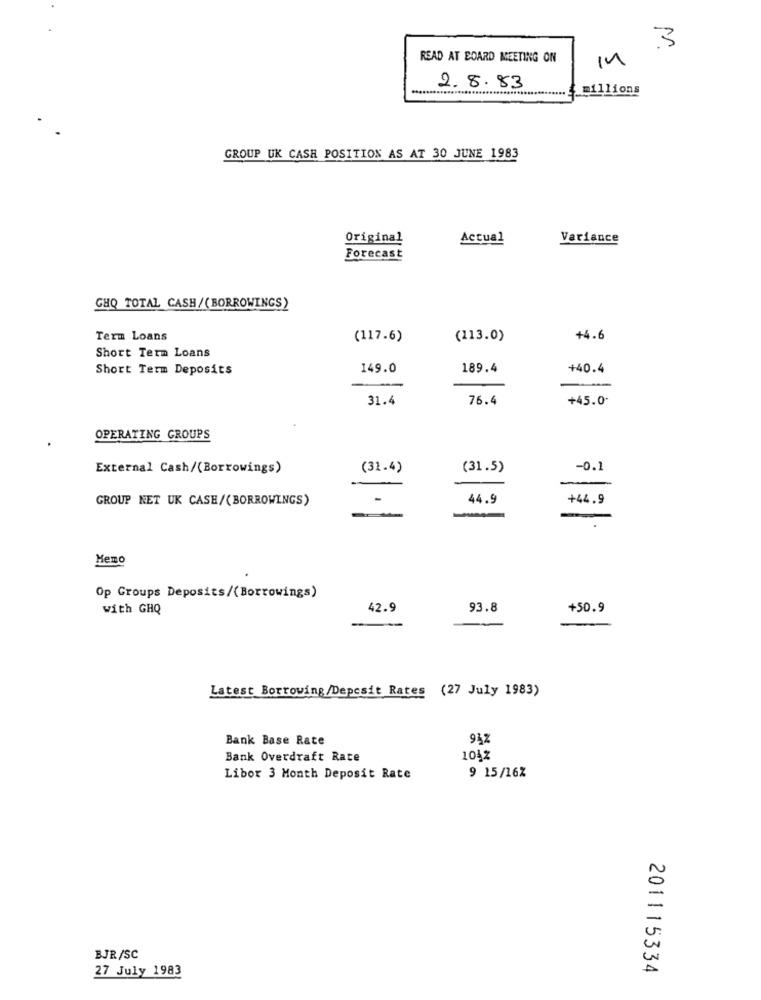
3
READ AT BOARD MEETING ON
in
2.8.83
millions
GROUP UK CASH POSITION AS AT 30 JUNE 1983
Original
Actual
Variance
Forecast
GHO TOTAL CASH/ ( BORROWINGS)
Term Loans
(117.6)
(113.0)
+4.6
Short Term Loans
Short Term Deposits
149.0
189.4
+40.4
-
31.4
76.4
+45.0-
OPERATING GROUPS
External Cash/(Borrowings)
(31.4)
(31.5)
-0.1
GROUP NET UK CASH/(BORROWINGS)
-
44.9
+44.9
-
Memo
Op Groups Deposits/(Borrowings)
with GHQ
42.9
93.8
+50.9
Latest Borrowing/Deposit Rates (27 July 1983)
Bank Base Rate
Bank Overdraft Rate
104%
Libor 3 Month Deposit Rate
9 15/16%
BJR/SC
27 July 1983
201115334